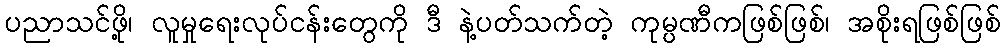
ပညာသင်ဖို့၊ လူမှုရေးလုပ်ငန်းတွေကို ဒီ နဲ့ပတ်သက်တဲ့ ကုမ္ပဏီကဖြစ်ဖြစ်၊ အစိုးရဖြစ်ဖြစ်